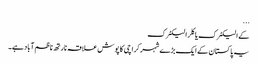
...
کے الیکٹرک یا کِلر الیکٹرک
یہ پاکستان کے ایک بڑے شہر کراچی کا پوش علاقہ نارتھ ناظم آباد ہے۔